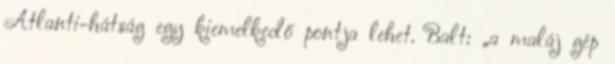
Atlanti-hátság egy kiemelkedő pontja lehet. Balt: „a maláj gép